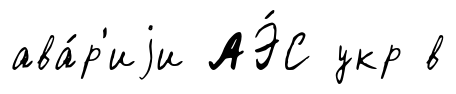
ава́р'иjи АЭ́С укр в